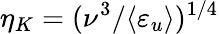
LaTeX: \eta_{K}=(\nu^{3}/\langle\varepsilon_{u}\rangle)^{1/4}